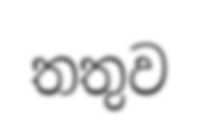
තතුව